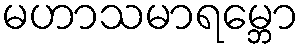
မဟာသမာရမ္ဘော